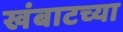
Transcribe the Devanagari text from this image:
खंबाटच्या